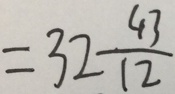
= 3 2 \frac { 4 3 } { 1 2 }